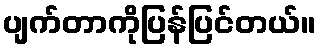
ပျက်တာကိုပြန်ပြင်တယ်။